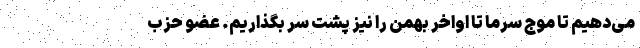
می‌دهیم تا موج سرما تا اواخر بهمن را نیز پشت سر بگذاریم. عضو حزب